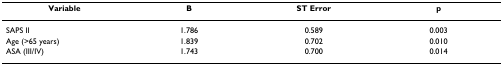
<table><thead><tr><td><b>Variable</b></td><td><b>B</b></td><td><b>ST Error</b></td><td><b>p</b></td></tr></thead><tbody><tr><td>SAPS II</td><td>1.786</td><td>0.589</td><td>0.003</td></tr><tr><td>Age (&gt;65 years)</td><td>1.839</td><td>0.702</td><td>0.010</td></tr><tr><td>ASA (III/IV)</td><td>1.743</td><td>0.700</td><td>0.014</td></tr></tbody></table>